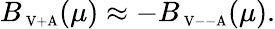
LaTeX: B_{\mathrm{{\scriptsize~V+A}}}(\mu)\approx-B_{\mathrm{{\scriptsize~V--A}}}(\mu).